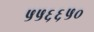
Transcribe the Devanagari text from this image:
५५६६५०